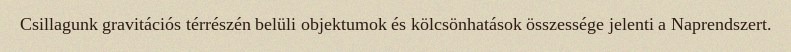
Csillagunk gravitációs térrészén belüli objektumok és kölcsönhatások összessége jelenti a Naprendszert.